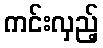
ကင်းလှည့်